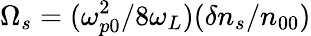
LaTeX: \Omega_{s}=(\omega_{p0}^{2}/8\omega_{L})(\delta n_{s}/n_{00})